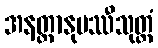
အနတ္တာနုပဿီသုတ္တံ